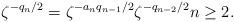
LaTeX: \begin{align*} \zeta^{-q_n/2}=\zeta^{-a_n q_{n-1}/2} \zeta^{-q_{n-2}/2} n \geq 2.\end{align*}